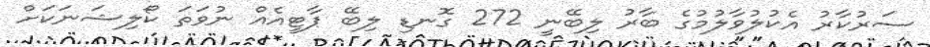
ސަރުކާރު އެކުލުވާލުމުގެ ބާރު ލިބޭނީ 272 ގޮނޑި ލިބޭ ޕާޓީއެއް ނުވަތަ ކޯލިޝަނަކަށް